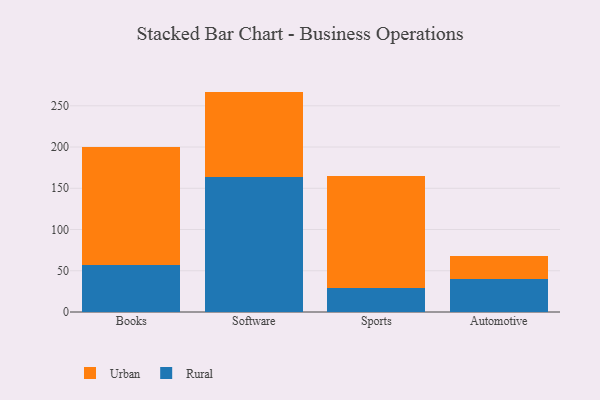
{"axis": {"x": "Category", "y": "Conversion Rate (%)"}, "legend": ["Rural", "Urban"], "data": [{"x": "Books", "y": 56.7, "type": "Rural"}, {"x": "Books", "y": 143.2, "type": "Urban"}, {"x": "Software", "y": 163.7, "type": "Rural"}, {"x": "Software", "y": 103.5, "type": "Urban"}, {"x": "Sports", "y": 29.6, "type": "Rural"}, {"x": "Sports", "y": 135.3, "type": "Urban"}, {"x": "Automotive", "y": 40.1, "type": "Rural"}, {"x": "Automotive", "y": 27.8, "type": "Urban"}]}